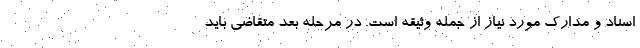
اسناد و مدارک مورد نیاز از جمله وثیقه است. در مرحله بعد متقاضی باید